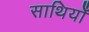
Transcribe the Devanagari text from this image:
साथियोँ